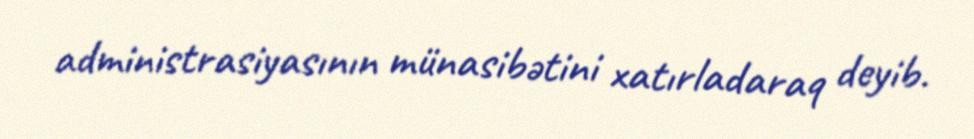
administrasiyasının münasibətini xatırladaraq deyib.